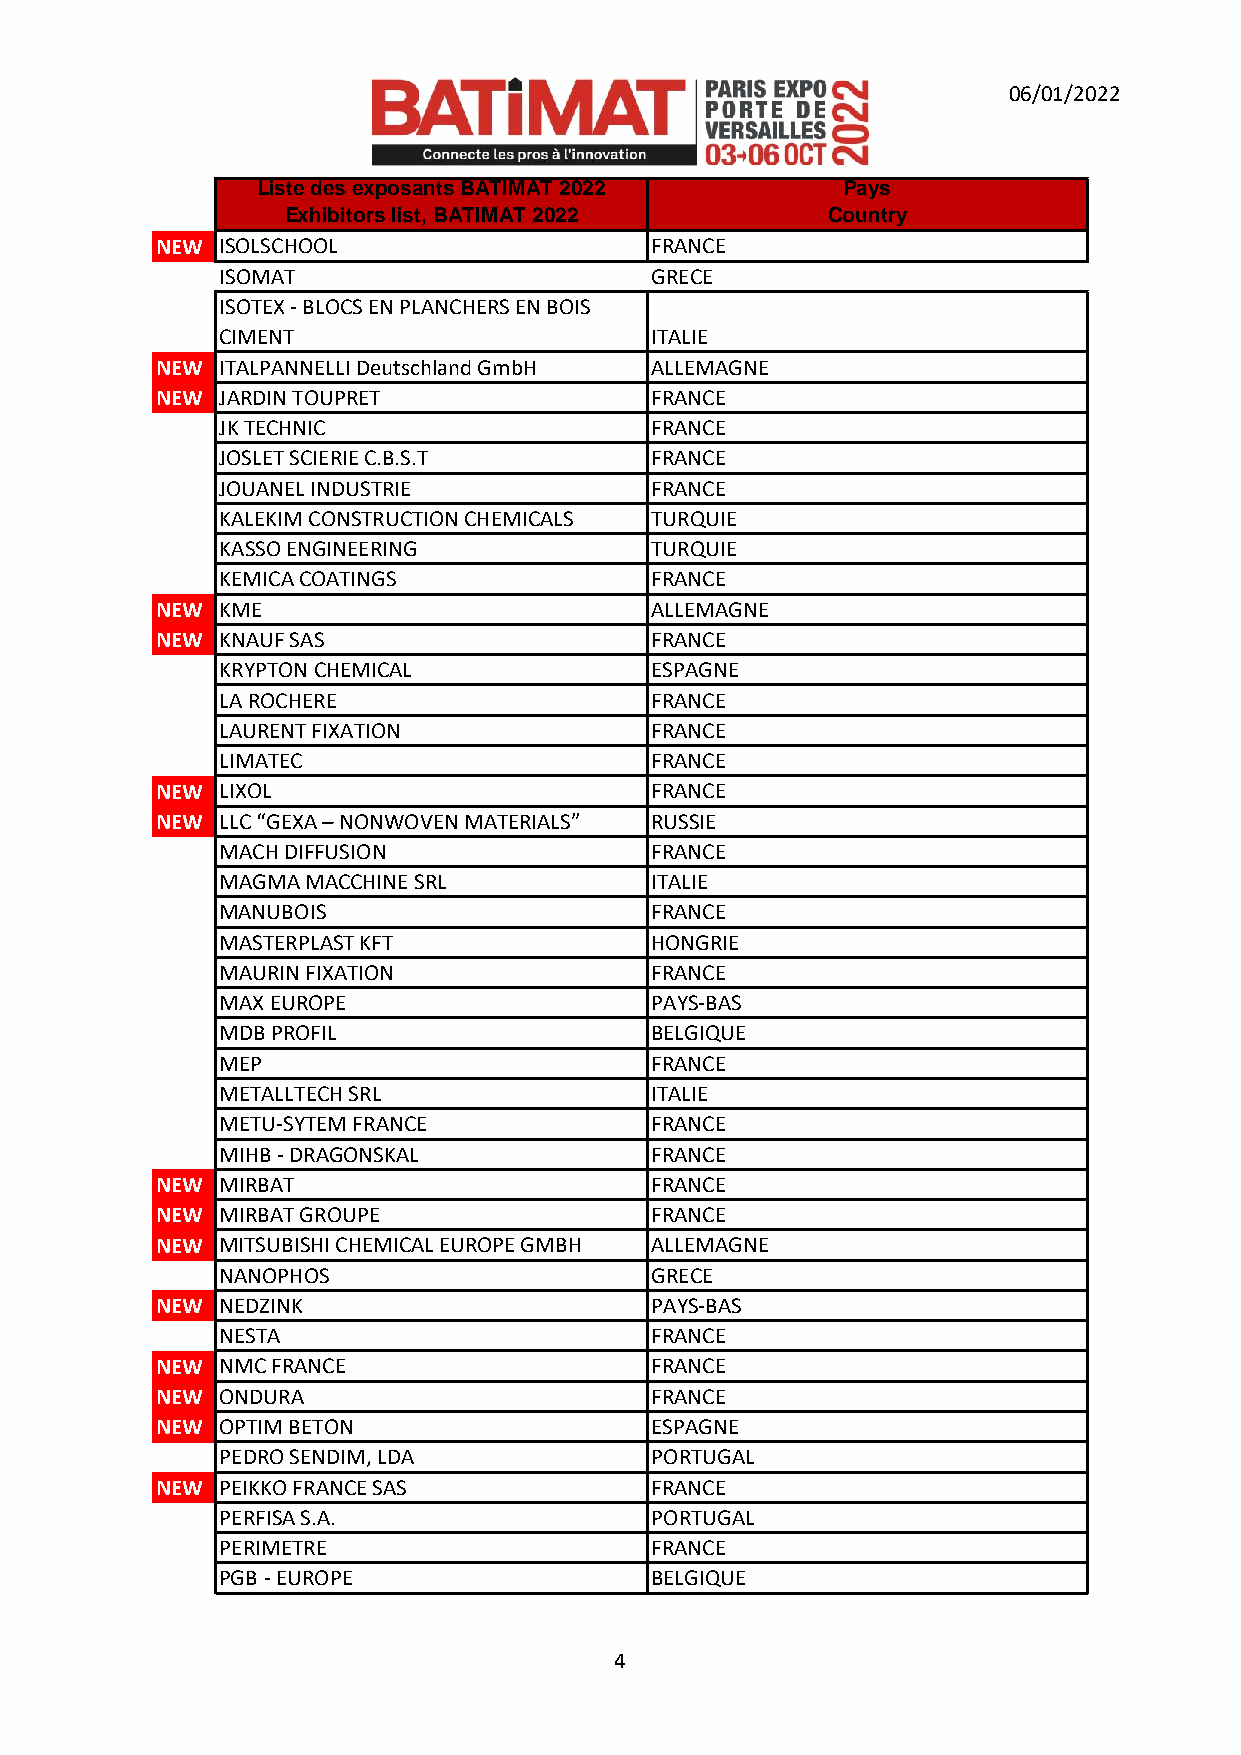
06/01/2022
 Liste des exposants BATIMAT 2022       P a y s
 Exhibitors list, BATIMAT 2022       Country
 NEW  ISOLSCHOOL                  FRANCE
 ISOMAT                      GRECE
 ISOTEX - BLOCS EN PLANCHERS EN BOIS
 CIMENT                      ITALIE
 NEW  ITALPANNELLI Deutschland GmbH ALLEMAGNE
 NEW  JARDIN TOUPRET              FRANCE
 JK TECHNIC                  FRANCE
 JOSLET SCIERIE C.B.S.T      FRANCE
 JOUANEL INDUSTRIE           FRANCE
 KALEKIM CONSTRUCTION CHEMICALS TURQUIE
 KASSO ENGINEERING           TURQUIE
 KEMICA COATINGS             FRANCE
 NEW  KME                         ALLEMAGNE
 NEW  KNAUF SAS                   FRANCE
 KRYPTON CHEMICAL            ESPAGNE
 LA ROCHERE                  FRANCE
 LAURENT FIXATION            FRANCE
 LIMATEC                     FRANCE
 NEW  LIXOL                       FRANCE
 NEW  LLC “GEXA – NONWOVEN MATERIALS” RUSSIE
 MACH DIFFUSION              FRANCE
 MAGMA MACCHINE SRL          ITALIE
 MANUBOIS                    FRANCE
 MASTERPLAST KFT             HONGRIE
 MAURIN FIXATION             FRANCE
 MAX EUROPE                  PAYS-BAS
 MDB PROFIL                  BELGIQUE
 MEP                         FRANCE
 METALLTECH SRL              ITALIE
 METU-SYTEM FRANCE           FRANCE
 MIHB - DRAGONSKAL           FRANCE
 NEW  MIRBAT                      FRANCE
 NEW  MIRBAT GROUPE               FRANCE
 NEW  MITSUBISHI CHEMICAL EUROPE GMBH ALLEMAGNE
 NANOPHOS                    GRECE
 NEW  NEDZINK                     PAYS-BAS
 NESTA                       FRANCE
 NEW  NMC FRANCE                  FRANCE
 NEW  ONDURA                      FRANCE
 NEW  OPTIM BETON                 ESPAGNE
 PEDRO SENDIM, LDA           PORTUGAL
 NEW  PEIKKO FRANCE SAS           FRANCE
 PERFISA S.A.                PORTUGAL
 PERIMETRE                   FRANCE
 PGB - EUROPE                BELGIQUE
 4